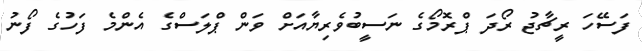
ފަސޭހަ ރީޗާޖު ރޯދަ ޕްރޮމޯގެ ނަސީބުވެރިޔާއަށް ވަން ޕްލަސްގެ އެންމެ ފަހުގެ ފޯނު